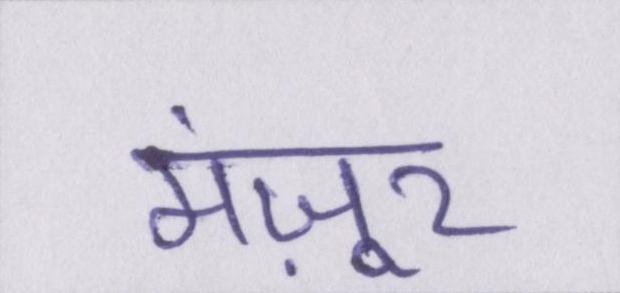
मंज़ूर